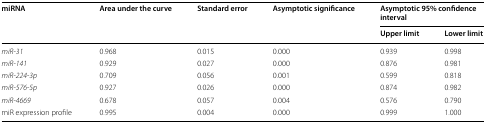
<table><thead><tr><td rowspan="2"><b>miRNA</b></td><td rowspan="2"><b>Area under the curve</b></td><td rowspan="2"><b>Standard error</b></td><td rowspan="2"><b>Asymptotic significance</b></td><td colspan="2"><b>Asymptotic 95% confidence interval</b></td></tr><tr><td><b>Upper limit</b></td><td><b>Lower limit</b></td></tr></thead><tbody><tr><td><i>miR</i>-<i>31</i></td><td>0.968</td><td>0.015</td><td>0.000</td><td>0.939</td><td>0.998</td></tr><tr><td><i>miR</i>-<i>141</i></td><td>0.929</td><td>0.027</td><td>0.000</td><td>0.876</td><td>0.981</td></tr><tr><td><i>miR</i>-<i>224</i>-<i>3p</i></td><td>0.709</td><td>0.056</td><td>0.001</td><td>0.599</td><td>0.818</td></tr><tr><td><i>miR</i>-<i>576</i>-<i>5p</i></td><td>0.927</td><td>0.026</td><td>0.000</td><td>0.874</td><td>0.982</td></tr><tr><td><i>miR</i>-<i>4669</i></td><td>0.678</td><td>0.057</td><td>0.004</td><td>0.576</td><td>0.790</td></tr><tr><td>miR expression profile</td><td>0.995</td><td>0.004</td><td>0.000</td><td>0.999</td><td>1.000</td></tr></tbody></table>